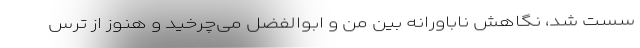
سُست شد، نگاهش ناباورانه بین من و ابوالفضل می‌چرخید و هنوز از ترس